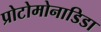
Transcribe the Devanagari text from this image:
प्रोटोमोनाडिडा